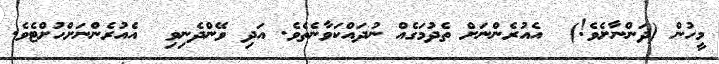
މީހުން (ދަންނާށެވެ!)  އެއުރެންނަށް ތެދުމަގެއް ނުދައްކަވާނެތެވެ. އަދި ވޭންދެނިވި  އެއުރެންނަށްހުށްޓެވެ.